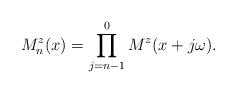
LaTeX: \begin{align*}{} M^{z}_{n}(x) = \prod \limits_{j=n-1}^{0} M^{z}(x+j\omega).\end{align*}